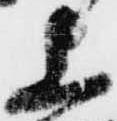
上